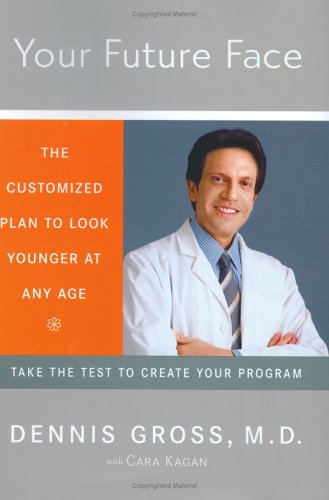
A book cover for Your Future Face: The Customized Plan to Look Younger at Any Age; Dennis Gross; Health, Fitness & Dieting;